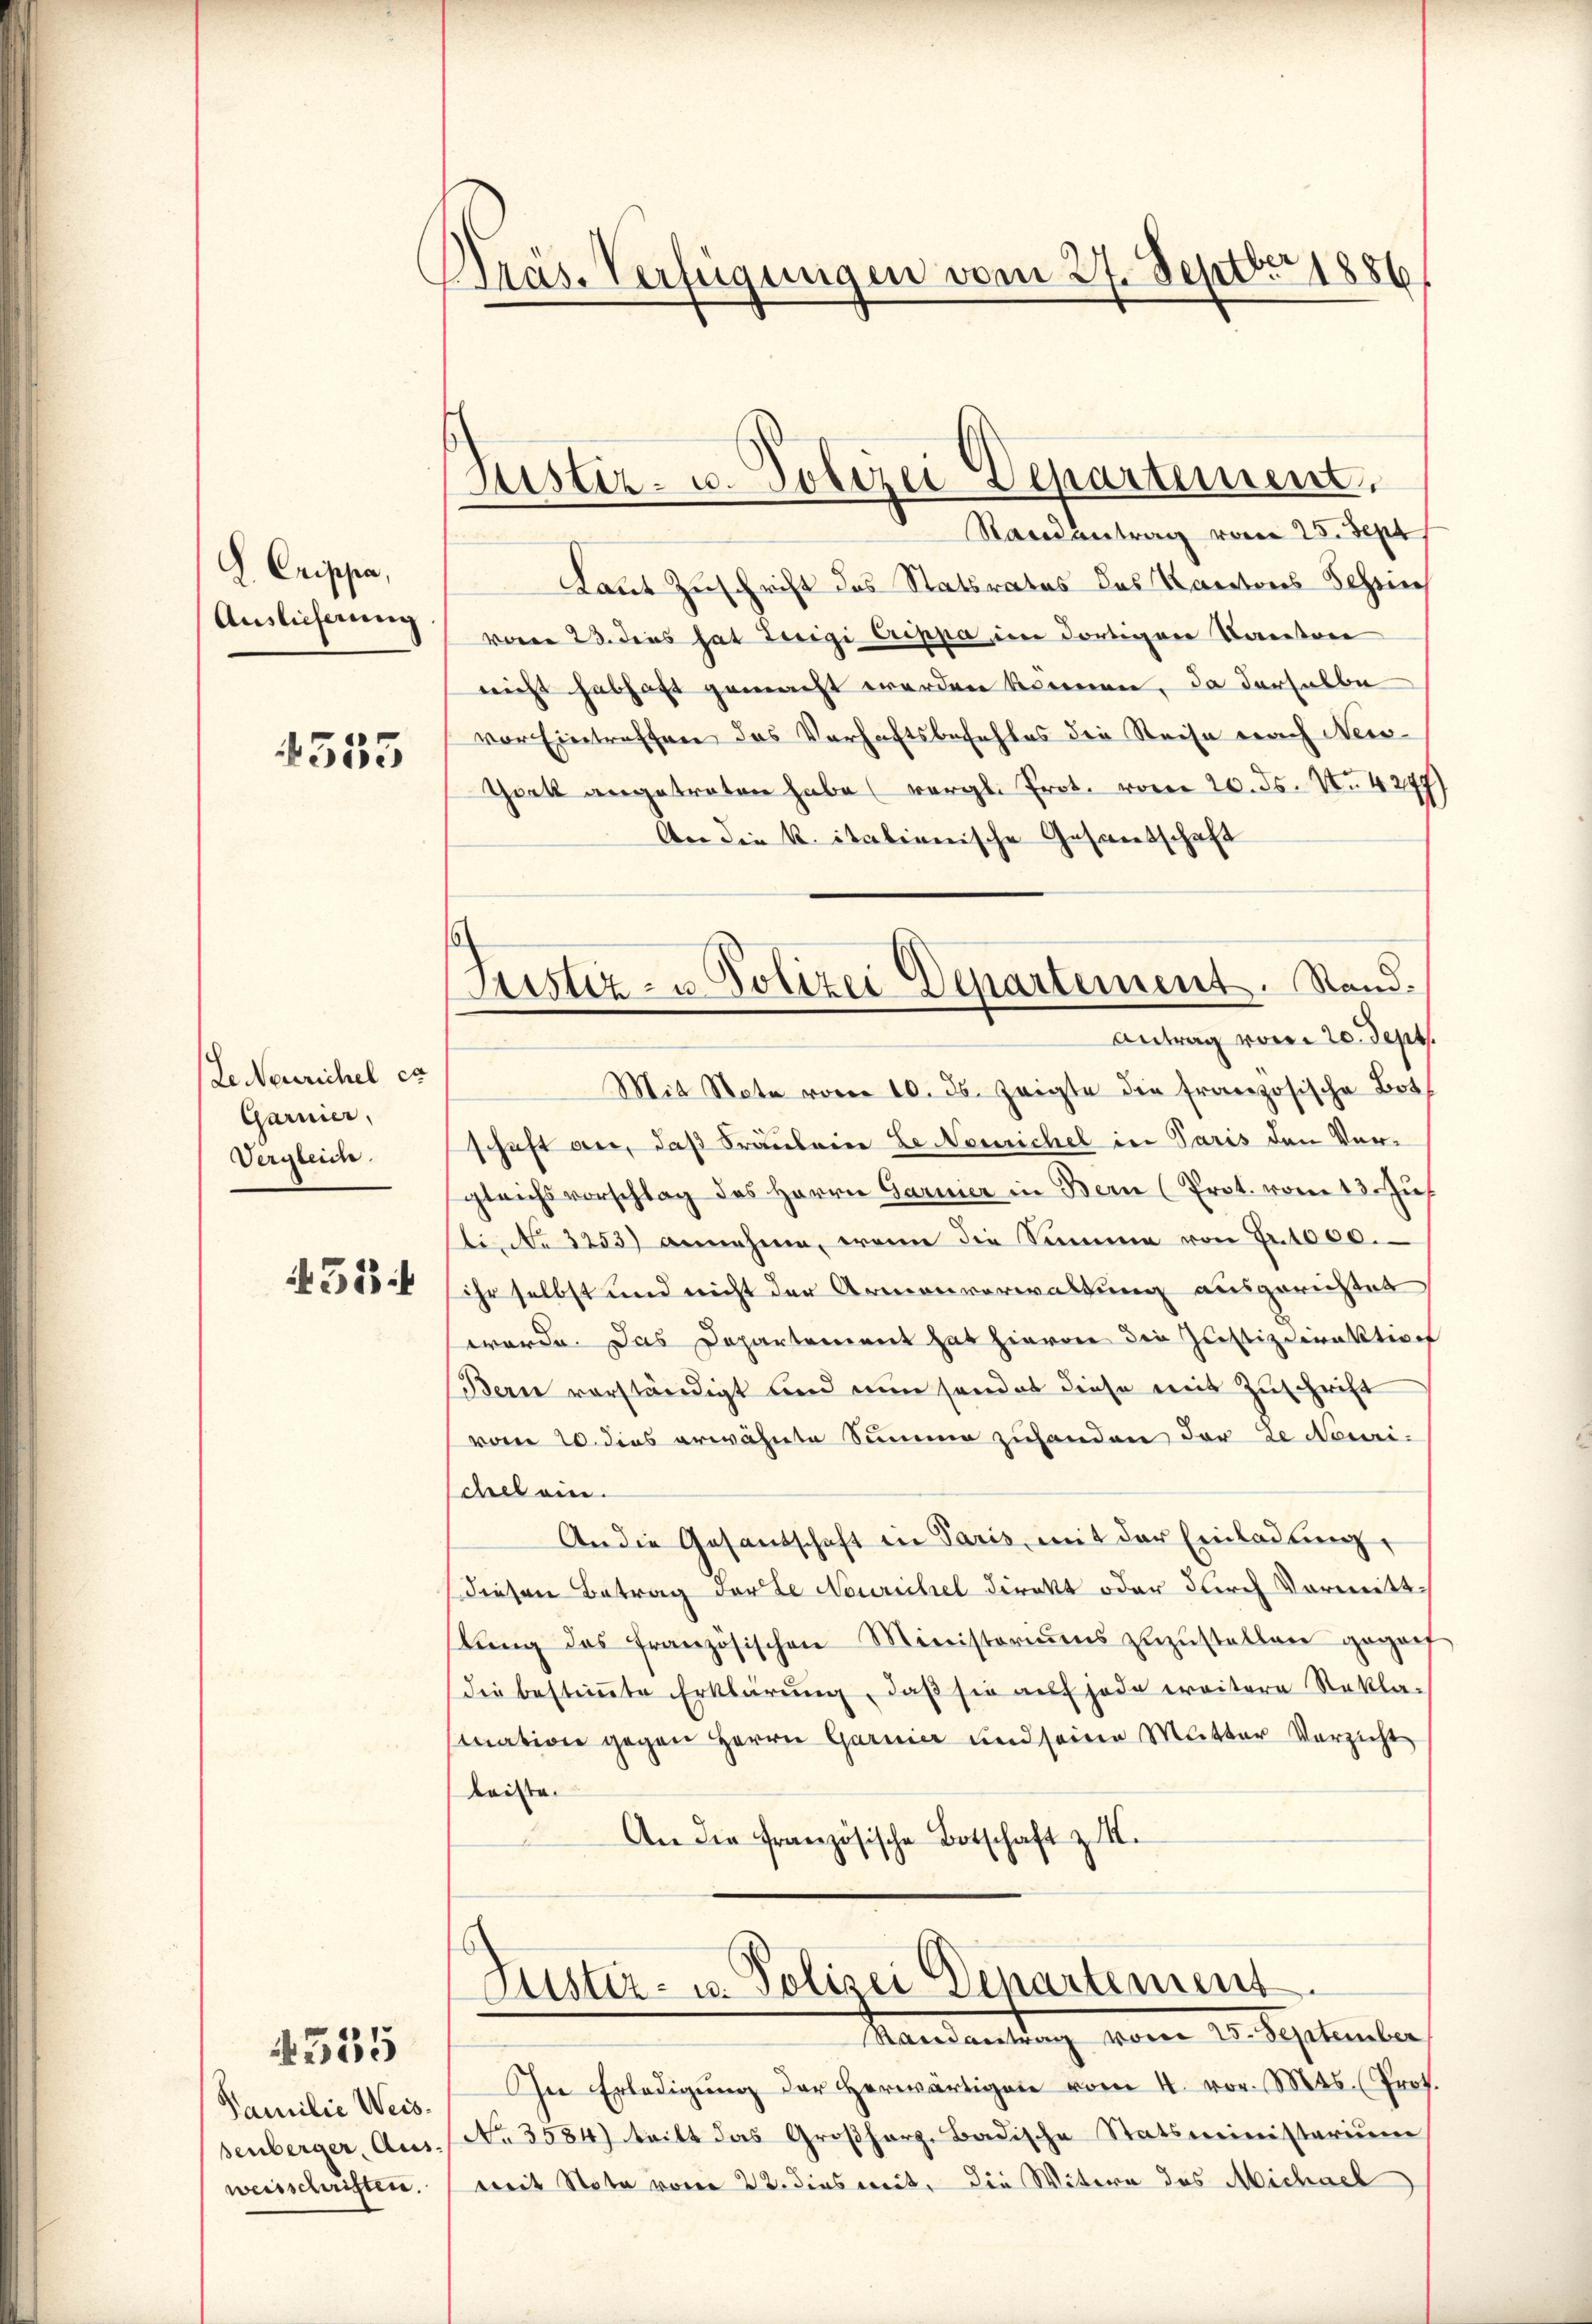
L. Grippa,
Auslieferung

555

Le Neurichel ca
Garnier,
Vergleich.
51

Familie Weissenberger, Aus-
weisschriften.

4535

Prás-Verfügungen vom 27. Septbr. 1886

Justiz- u. Polizeidepartement,

Justiz- u. Polizei Departement. Stand¬
Antrag vom 20. Sept.
Mit Note vom 10. ds. zeigte die französische Both

Randantrag vom 25. Sept
Laut Zuschrift des Statsrates das Kantons Schein
voren 23. dies hat Luigi Crippa im dortigen Kantone
nicht habhaft gemacht werden können, da derselbe
vor Eintreffen das Verhaftsbefehles die Reise nach New-
Gock angetreten habe (vergl. Prot. vom 20. ds. N. 4247)
An die K. italienische Gesandschaft
schaft an, daß Fräuleine Le Nemrichel in Paris den Vergleichsvorschlag des Herrn Garmer in Bern (Prot. vom 13. Jus
sti. No 3253) annehme, wenn die Summe von Fr. 1000.
ihr selbst und nicht der Armenverwaltung ausgerichtet
werde. Das Departement hat hievon die Justizdirektion
Bern vorständigt und nun sonder diese mit Zuschrift
vom 20. dies erwähnte Summe zuhanden der de Nomi-
Schel ein.
An die Gesandschaft in Paris mit der Einladŭng,
diesen Betrag der de Neurichel direkt oder durch Vorweitt
lŭng des französischen Ministoriŭms zŭzŭstellen gegent
die bestiṁte Erklärŭng, daβ sie auf jede weitere Rekla-
mnation gegen Herrn Garnier und seine Mutter Verzicht
leiste.
An die französische Botschaft z.
Justiz- u. Polizei Departement
Mandartung vom 20. September
In Erledigŭng der herwärtigen vom 4. vor. Mts. (Prot.
No. 3584) teilt das Großherz, Badische Statsministerium
mit Nota vom 22. dies weit. Die Witwe des Michael